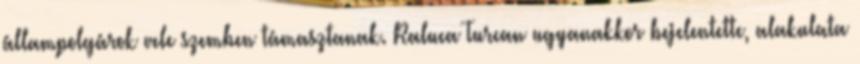
állampolgárok vele szemben támasztanak. Raluca Turcan ugyanakkor bejelentette, alakulata